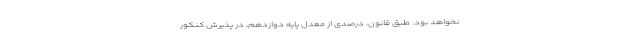
نخواهد بود. طبق قانون، درصدی از معدل پایه دوازدهم، در پذیرش کنکور